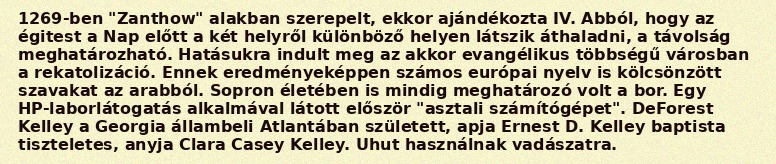
1269-ben "Zanthow" alakban szerepelt, ekkor ajándékozta IV. Abból, hogy az égitest a Nap előtt a két helyről különböző helyen látszik áthaladni, a távolság meghatározható. Hatásukra indult meg az akkor evangélikus többségű városban a rekatolizáció. Ennek eredményeképpen számos európai nyelv is kölcsönzött szavakat az arabból. Sopron életében is mindig meghatározó volt a bor. Egy HP-laborlátogatás alkalmával látott először "asztali számítógépet". DeForest Kelley a Georgia állambeli Atlantában született, apja Ernest D. Kelley baptista tiszteletes, anyja Clara Casey Kelley. Uhut használnak vadászatra.